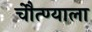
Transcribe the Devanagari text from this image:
चेौत्ण्याला